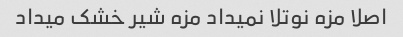
اصلا مزه نوتلا نمیداد مزه شیر خشک میداد